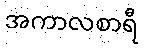
အကာလစာရီ